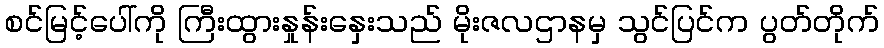
စင်မြင့်ပေါ်ကို ကြီးထွားနှုန်းနှေးသည် မိုးဇလဌာနမှ သွင်ပြင်က ပွတ်တိုက်